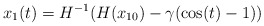
\begin{align*}x_1(t) = H^{-1}(H(x_{10}) -\gamma (\cos(t)-1) )\end{align*}